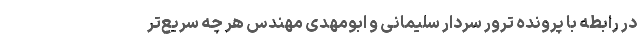
در رابطه با پرونده ترور سردار سلیمانی و ابومهدی مهندس هر چه سریع‌تر